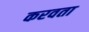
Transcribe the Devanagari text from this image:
करवता